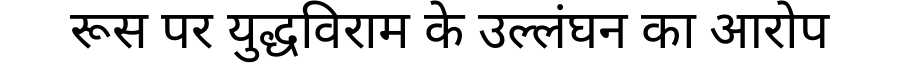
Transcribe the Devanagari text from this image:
रूस पर युद्धविराम के उल्लंघन का आरोप